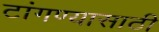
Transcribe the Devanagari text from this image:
टांगण्यासाठी